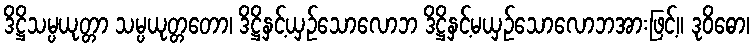
ဒိဋ္ဌိသမ္ပယုတ္တာ သမ္ပယုတ္တတော၊ ဒိဋ္ဌိနှင့်ယှဉ်သောလောဘ ဒိဋ္ဌိနှင့်မယှဉ်သောလောဘအားဖြင့်။ ဒုဝိဓော၊